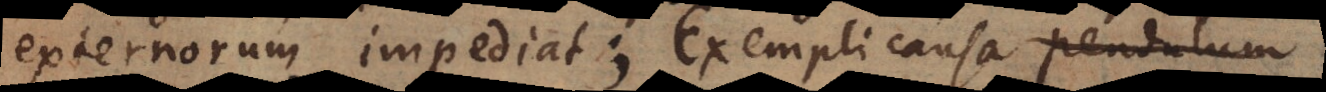
externorum impediat: exempli causa,